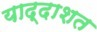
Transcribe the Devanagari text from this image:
याद्दाशत